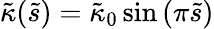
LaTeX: \tilde{\kappa}(\tilde{s})=\tilde{\kappa}_{0}\sin\left(\pi\tilde{s}\right)